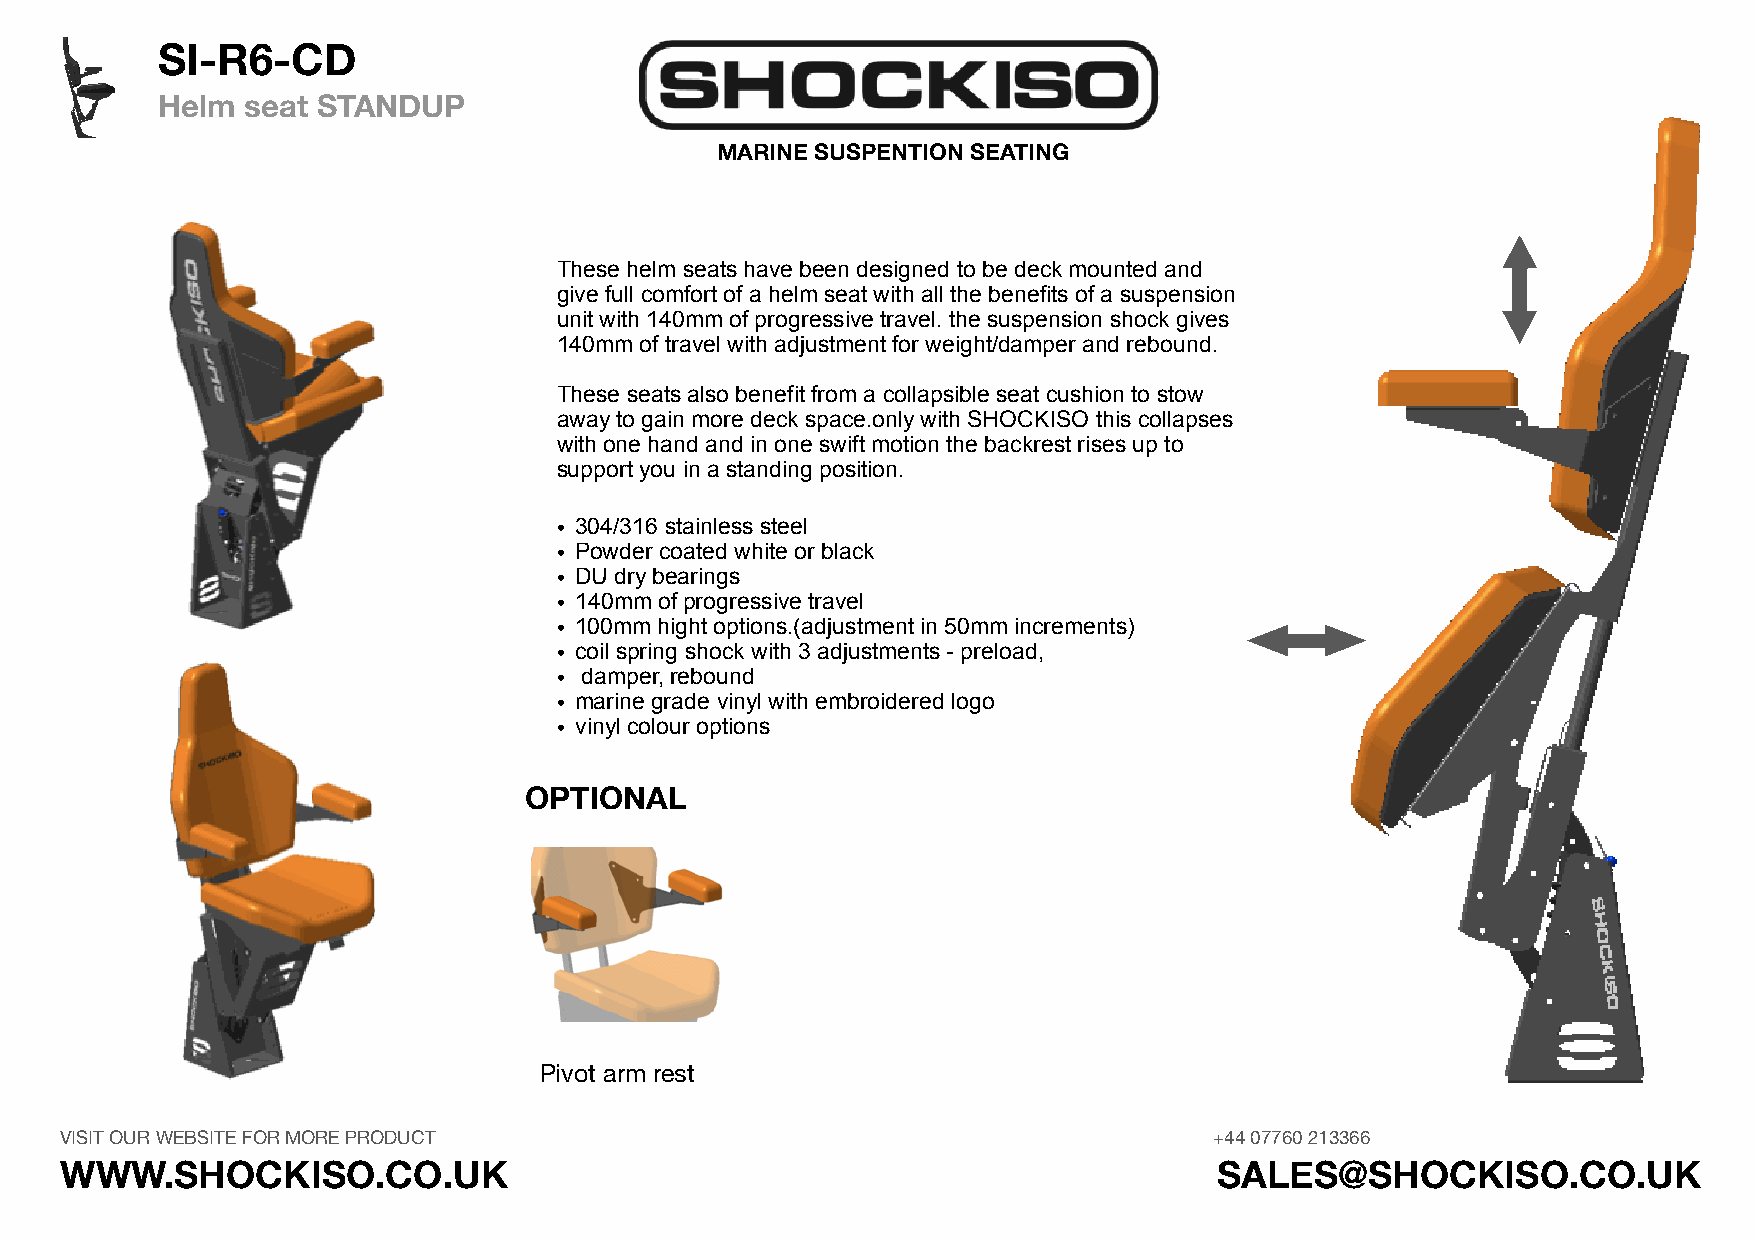
SI-R6-CD
 Helm  seat STANDUP
 MARINE SUSPENTION SEATING
 These helm seats have been designed to be deck mounted and
 give full comfort of a helm seat with all the benefits of a suspension
 unit with 140mm of progressive travel. the suspension shock gives
 140mm of travel with adjustment for weight/damper and rebound.
 These seats also benefit from a collapsible seat cushion to stow
 away to gain more deck space.only with SHOCKISO this collapses
 with one hand and in one swift motion the backrest rises up to
 support you in a standing position.
 • 304/316 stainless steel
 • Powder coated white or black
 • DU dry bearings
 • 140mm of progressive travel
 • 100mm hight options.(adjustment in 50mm increments)
 • coil spring shock with 3 adjustments - preload,
 • damper, rebound
 • marine grade vinyl with embroidered logo
 • vinyl colour options
 OPTIONAL
 Pivot arm rest
 VISIT OUR WEBSITE FOR MORE PRODUCT                                          +44 07760 213366
 WWW.SHOCKISO.CO.UK                                                           SALES@SHOCKISO.CO.UK